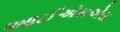
આઈએમએસ